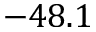
- 4 8 . 1